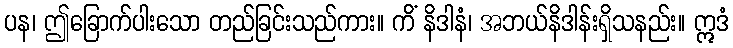
ပန၊ ဤခြောက်ပါးသော တည်ခြင်းသည်ကား။ ကိံ နိဒါနံ၊ အဘယ်နိဒါန်းရှိသနည်း။ ဣဒံ